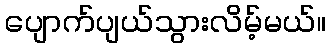
ပျောက်ပျယ်သွားလိမ့်မယ်။